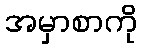
အမှာစာကို